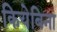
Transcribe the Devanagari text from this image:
कियेबिना